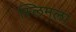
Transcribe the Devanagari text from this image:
स्लिमला